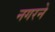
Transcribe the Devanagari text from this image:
नगरने